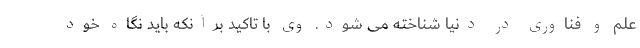
علم و فناوری در دنیا شناخته می شود. وی با تاکید برآنکه باید نگاه خود